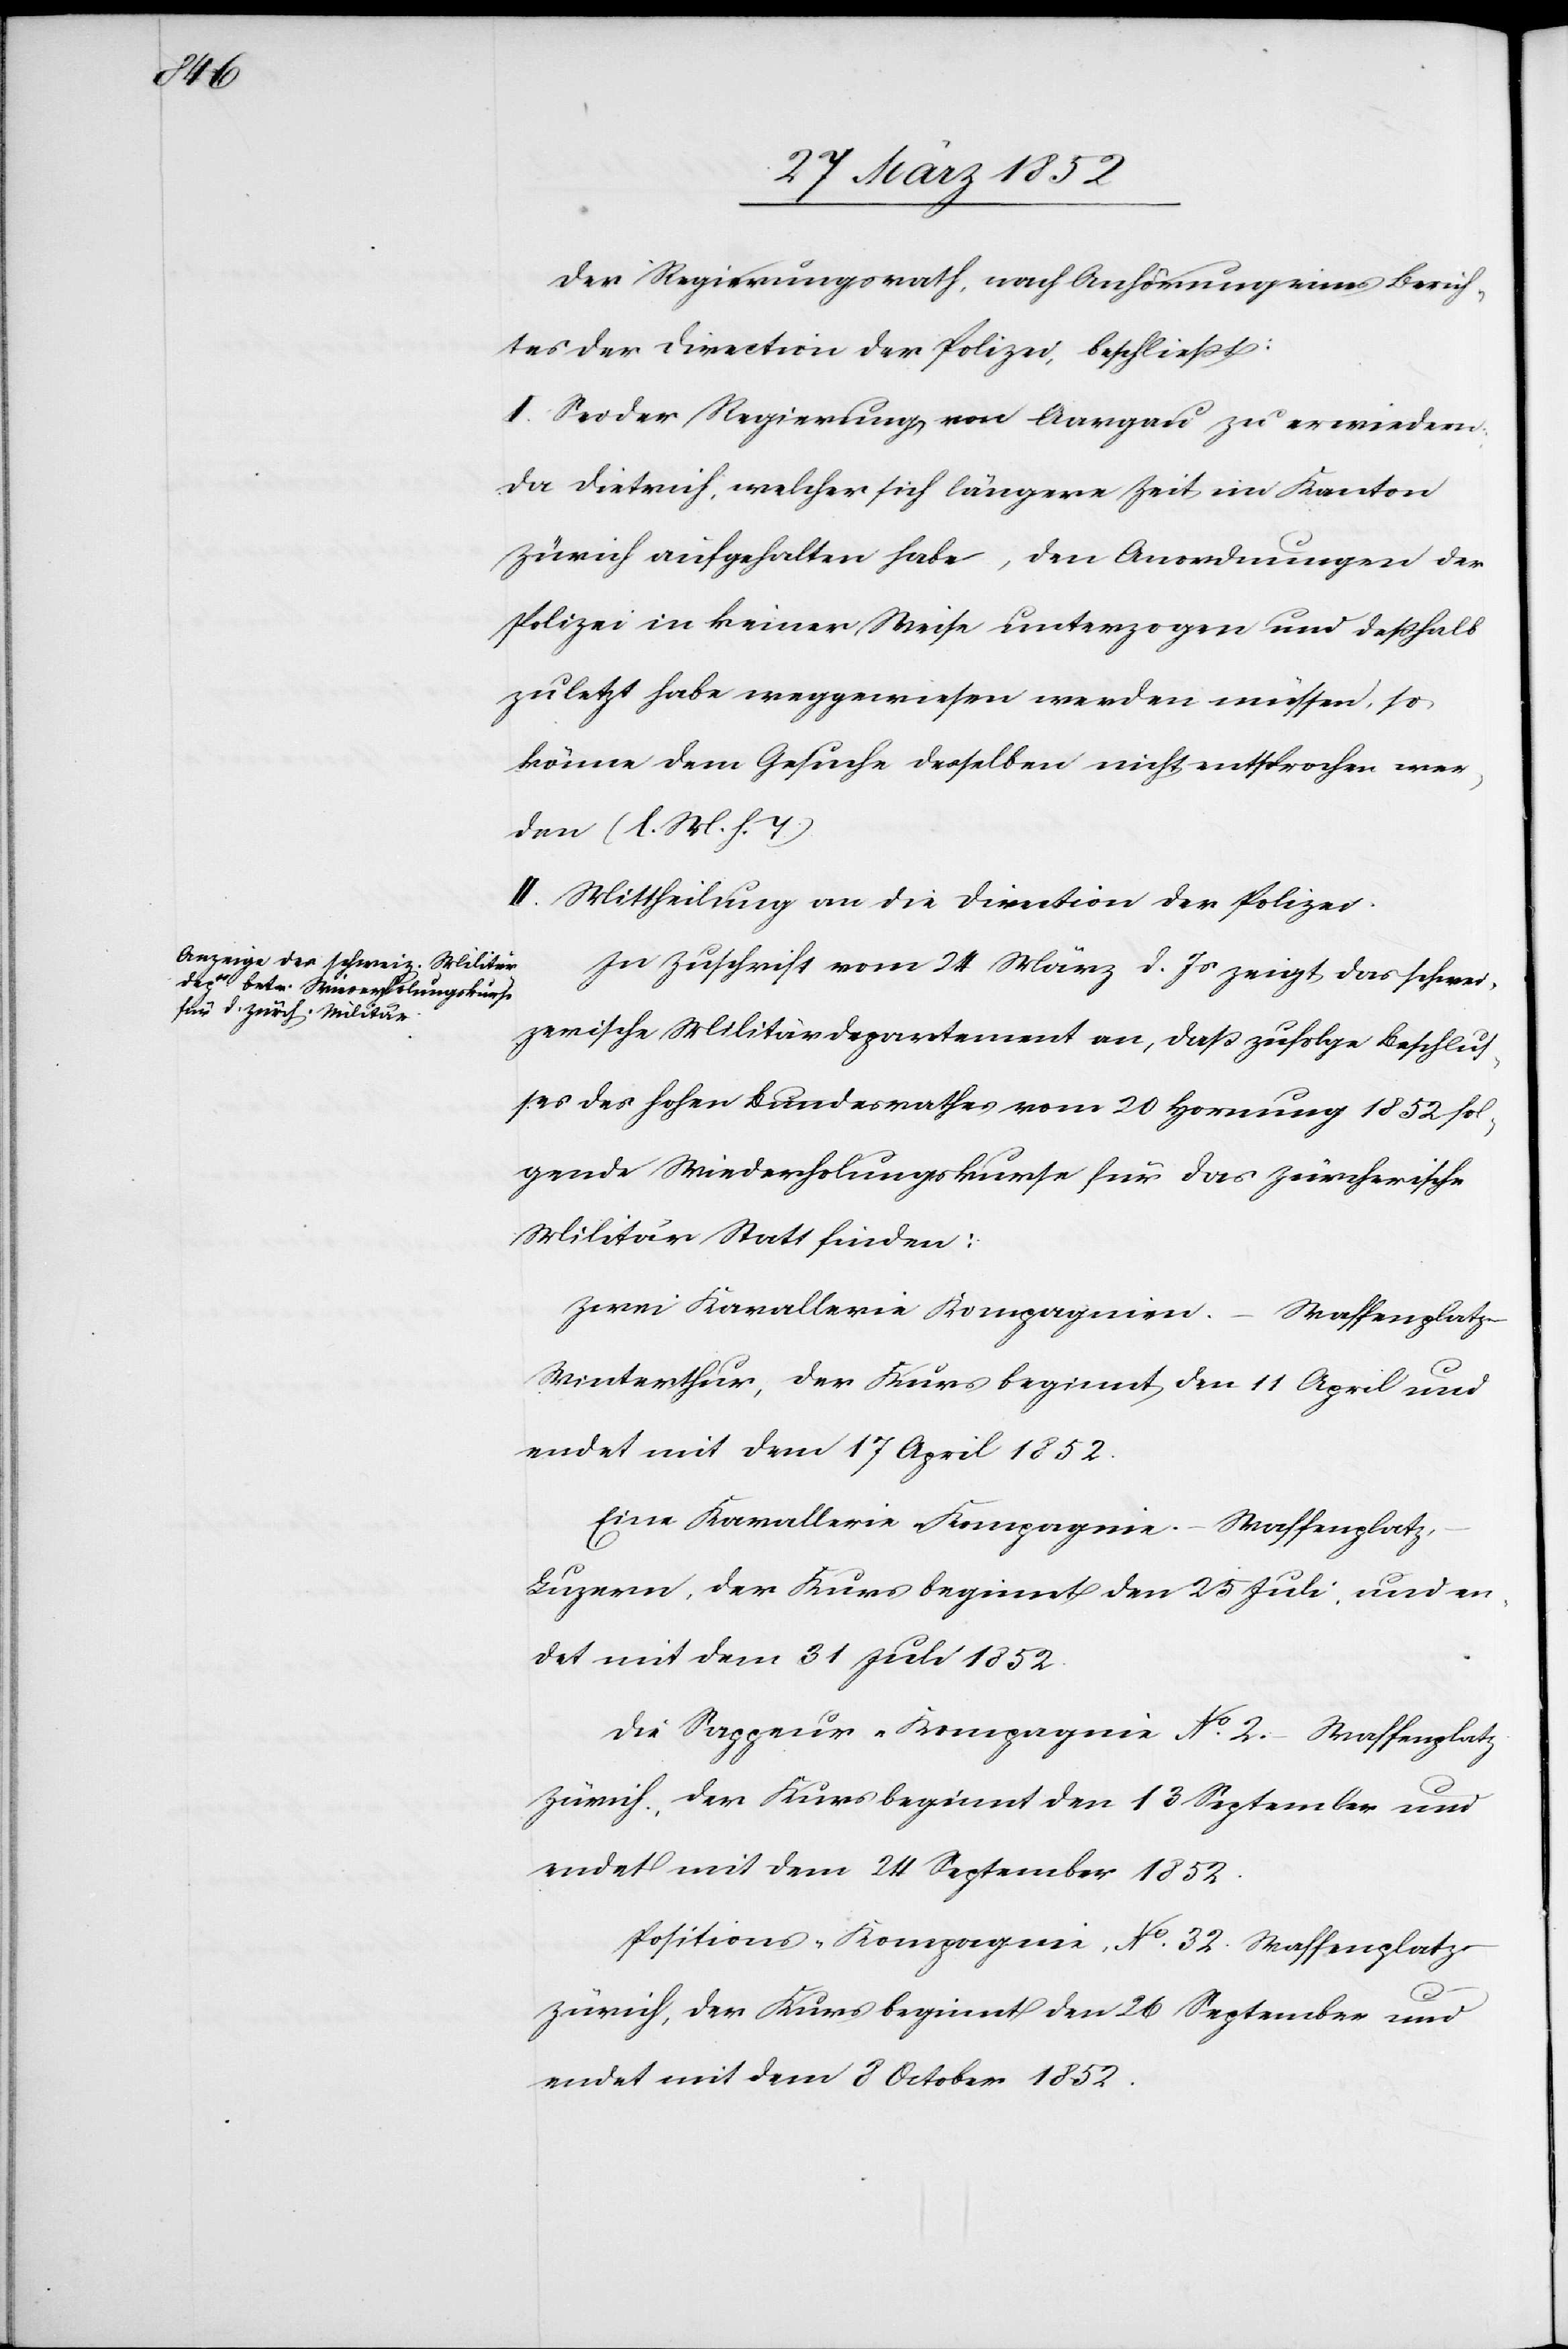
Der Regierungsrath, nach Anhörung eines Berich¬
tes der Direction der Polizei, beschließt:
I. Sei der Regierung von Aargau zu erwiedern:
Da Dietrich, welcher sich längere Zeit im Kanton
Zürich aufgehalten habe, den Anordnungen der
Polizei in keiner Weise unterzogen und deßhalb
zuletzt habe weggewiesen werden müssen, so
könne dem Gesuche desselben nicht entsprochen wer¬
den (l. M. h. T.)
In Zuschrift vom 24 März d. Js zeigt das schwei¬
zerische Militärdepartement an, daß zufolge Beschluß¬
es des hohen Bundesrathes vom 20 Hornung 1852 fol¬
gende Wiederholungskurse für das Zürcherische
Militär Statt finden:
Zwei Kavallerie Kompagnien. – Waffenplatz
Winterthur, der Kurs beginnt den 11 April und
endet mit dem 17 April 1852.
Eine Kavallerie Kompagnie. – Waffenplatz
Luzern, der Kurs beginnt den 25 Juli und en¬
det mit dem 31 Juli 1852.
Die Sappeur-Kompagnie No. 2. – Waffenplatz
Zürich, der Kurs beginnt den 13 September und
endet mit dem 24 September 1852.
Positions-Kompagnie No. 32. Waffenplatz
Zürich, der Kurs beginnt den 26 September und
endet mit dem 3 October 1852.